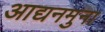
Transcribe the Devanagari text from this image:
आद्यनमुना